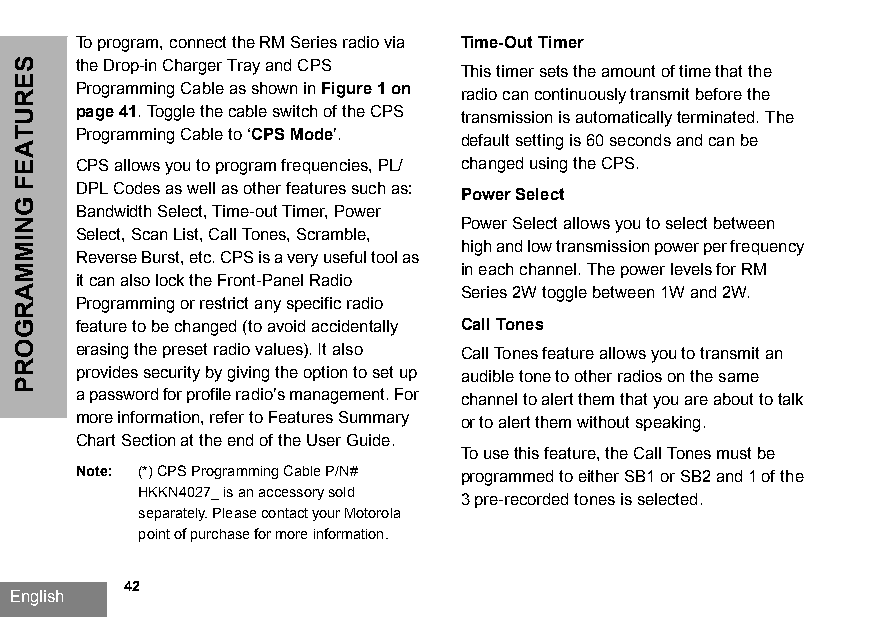
To program, connect the RM Series radio via Time-Out Timer
 the Drop-in Charger Tray and CPS
 This timer sets the amount of time that the
 Programming Cable as shown in Figure 1 on
 radio can continuously transmit before the
 page41. Toggle the cable switch of the CPS
 transmission is automatically terminated. The
 Programming Cable to ‘CPS Mode’.
 default setting is 60 seconds and can be
 CPS allows you to program frequencies, PL/ changed using the CPS.
 DPL Codes as well as other features such as:
 Power Select
 Bandwidth Select, Time-out Timer, Power
 Power Select allows you to select between
 Select, Scan List, Call Tones, Scramble,
 high and low transmission power per frequency
 Reverse Burst, etc. CPS is a very useful tool as
 in each channel. The power levels for RM
 it can also lock the Front-Panel Radio
 Series 2W toggle between 1W and 2W.
 Programming or restrict any specific radio
 feature to be changed (to avoid accidentally Call Tones
 erasing the preset radio values). It also Call Tones feature allows you to transmit an
 provides security by giving the option to set up audible tone to other radios on the same
 a password for profile radio’s management. For channel to alert them that you are about to talk
 more information, refer to Features Summary or to alert them without speaking.
 Chart Section at the end of the User Guide.
 To use this feature, the Call Tones must be
 Note: (*) CPS Programming Cable P/N# programmed to either SB1 or SB2 and 1 of the
 HKKN4027_ is an accessory sold 3 pre-recorded tones is selected.
 separately. Please contact your Motorola
 point of purchase for more information.
 42
 English
 SERUTAEF
 GNIMMARGORP